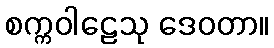
စက္ကဝါဠေသု ဒေဝတာ။